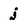
Character: j